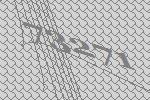
73271